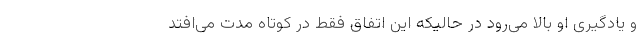
و یادگیری او بالا می‌رود در حالیکه این اتفاق فقط در کوتاه مدت می‌افتد